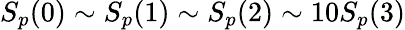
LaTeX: S_{p}(0)\sim S_{p}(1)\sim S_{p}(2)\sim 10S_{p}(3)